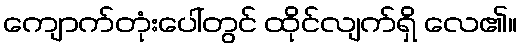
ကျောက်တုံးပေါ်တွင် ထိုင်လျက်ရှိ လေ၏။